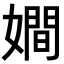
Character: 𡢃